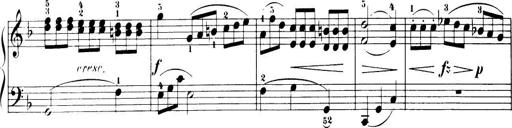
Title: 32 Sonatinas and Rondos for the Piano
Composer: Richard Kleinmichel